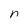
Character: n